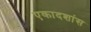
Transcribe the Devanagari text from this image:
एकादशांस